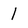
Character: l